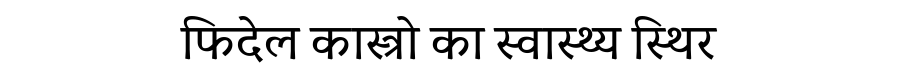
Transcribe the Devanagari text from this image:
फिदेल कास्त्रो का स्वास्थ्य स्थिर